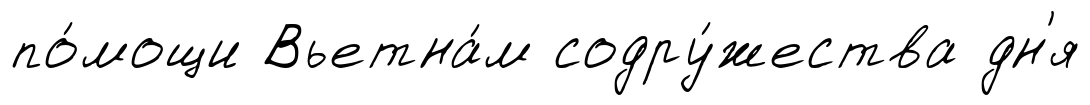
по́мощи Вьетна́м содру́жества дн'я